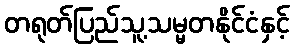
တရုတ်ပြည်သူ့သမ္မတနိုင်ငံနှင့်